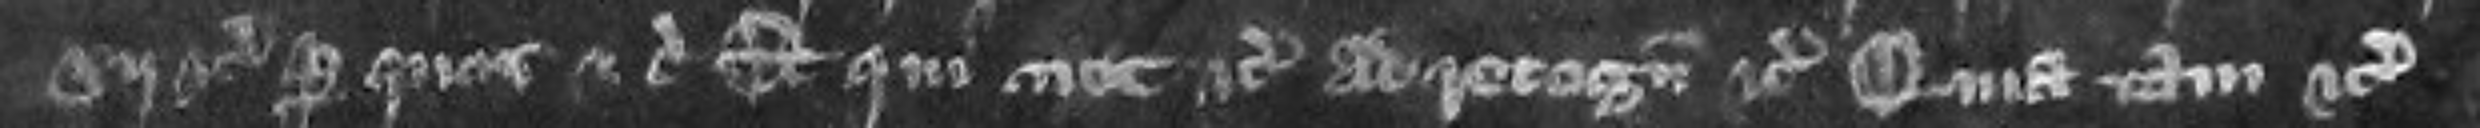
xij etc per quos etc Et qui nec etc Quia tam etc